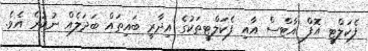
ފެކަލްޓީ އޮފް އާޓްސް އާއި ފެކަލްޓީތަކުގެ އިދާރީ ބައިތައް ބަދަލެއް ނުކުރެ އެވެ.